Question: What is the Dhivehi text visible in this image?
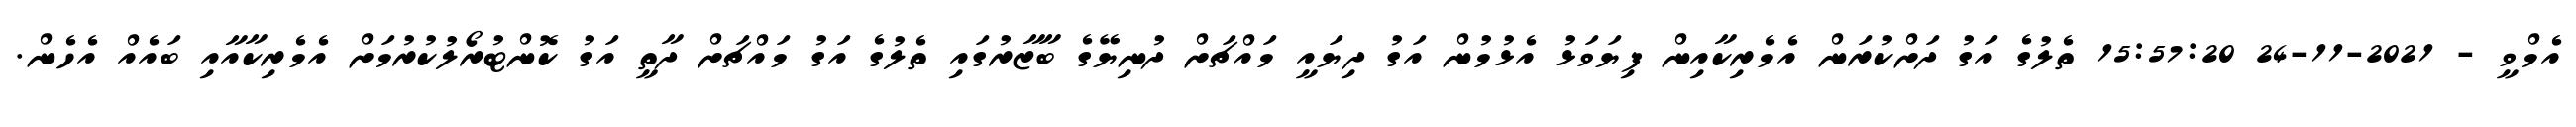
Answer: އެމްވީ - 2021-11-24 15:57:20 ތެލުގެ އަގު ދަށްކުރަން އެމެރިކާއިން ފިޔަވަޅު އެޅުމުން އަގު ދިޔައީ މައްޗަށް ދުނިޔޭގެ ބާޒާރުގައި ތެލުގެ އަގު މައްޗަށް ދާތީ އަގު ކޮންޓުރޯލުކުރުމަށް އެމެރިކާއާއި ބައެއް އެހެން.